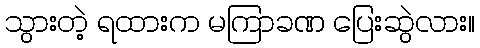
သွားတဲ့ ရထားက မကြာခဏ ပြေးဆွဲလား။